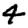
Digit: 4